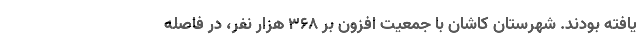
یافته بودند. شهرستان کاشان با جمعیت افزون بر ۳۶۸ هزار نفر، در فاصله